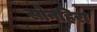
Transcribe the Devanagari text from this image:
सोनहिरा